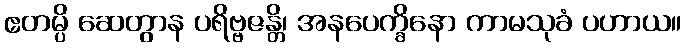
ဧတမ္ပိ ဆေတွာန ပရိဗ္ဗဇန္တိ၊ အနပေက္ခိနော ကာမသုခံ ပဟာယ။